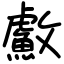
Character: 䱷